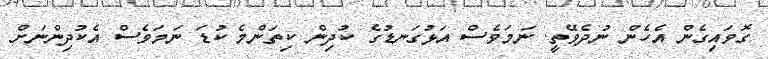
ގޮވައިގެން އެހެން ނުދެވޭތީ. ނަމަވެސް އަޅުގަނޑުގެ ކުދިން ކިތަންމެ ކުޑަ ނަމަވެސް އެކުދިންނަށް